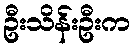
ဦးသိန်းဦးက